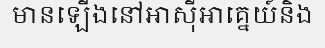
មានឡើងនៅអាស៊ីអាគ្នេយ៍និង